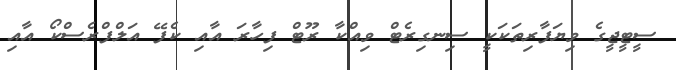
ސީޓީޖީގެ ވިޔަފާރިތަކަކީ ސިނގިރެޓް ވިއްކާ ރޫޓް ފިހާރަ އާއި ކެފޭ އަލްފްރެސްކޯ އާއި